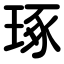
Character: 琢